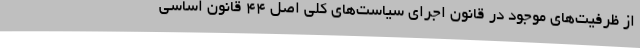
از ظرفیت‌های موجود در قانون اجرای سیاست‌های کلی اصل 44 قانون اساسی